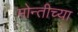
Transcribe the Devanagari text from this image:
मोन्तीच्या